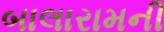
બાલારામની